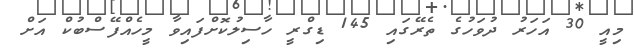
މިއީ 30 އަހަރު ދުވަހުގެ ތެރޭގައި 145 ޑިގްރީ ހާސިލުކޮށްފައިވާ މީހެއްފޭސްބުކް އަށް